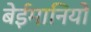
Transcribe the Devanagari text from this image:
बेईमानियों